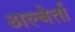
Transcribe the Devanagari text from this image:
अल्बेर्ता